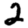
Digit: 2